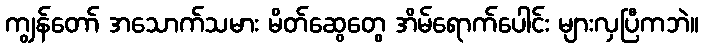
ကျွန်တော် အသောက်သမား မိတ်ဆွေတွေ အိမ်ရောက်ပေါင်း များလှပြီကဘဲ။